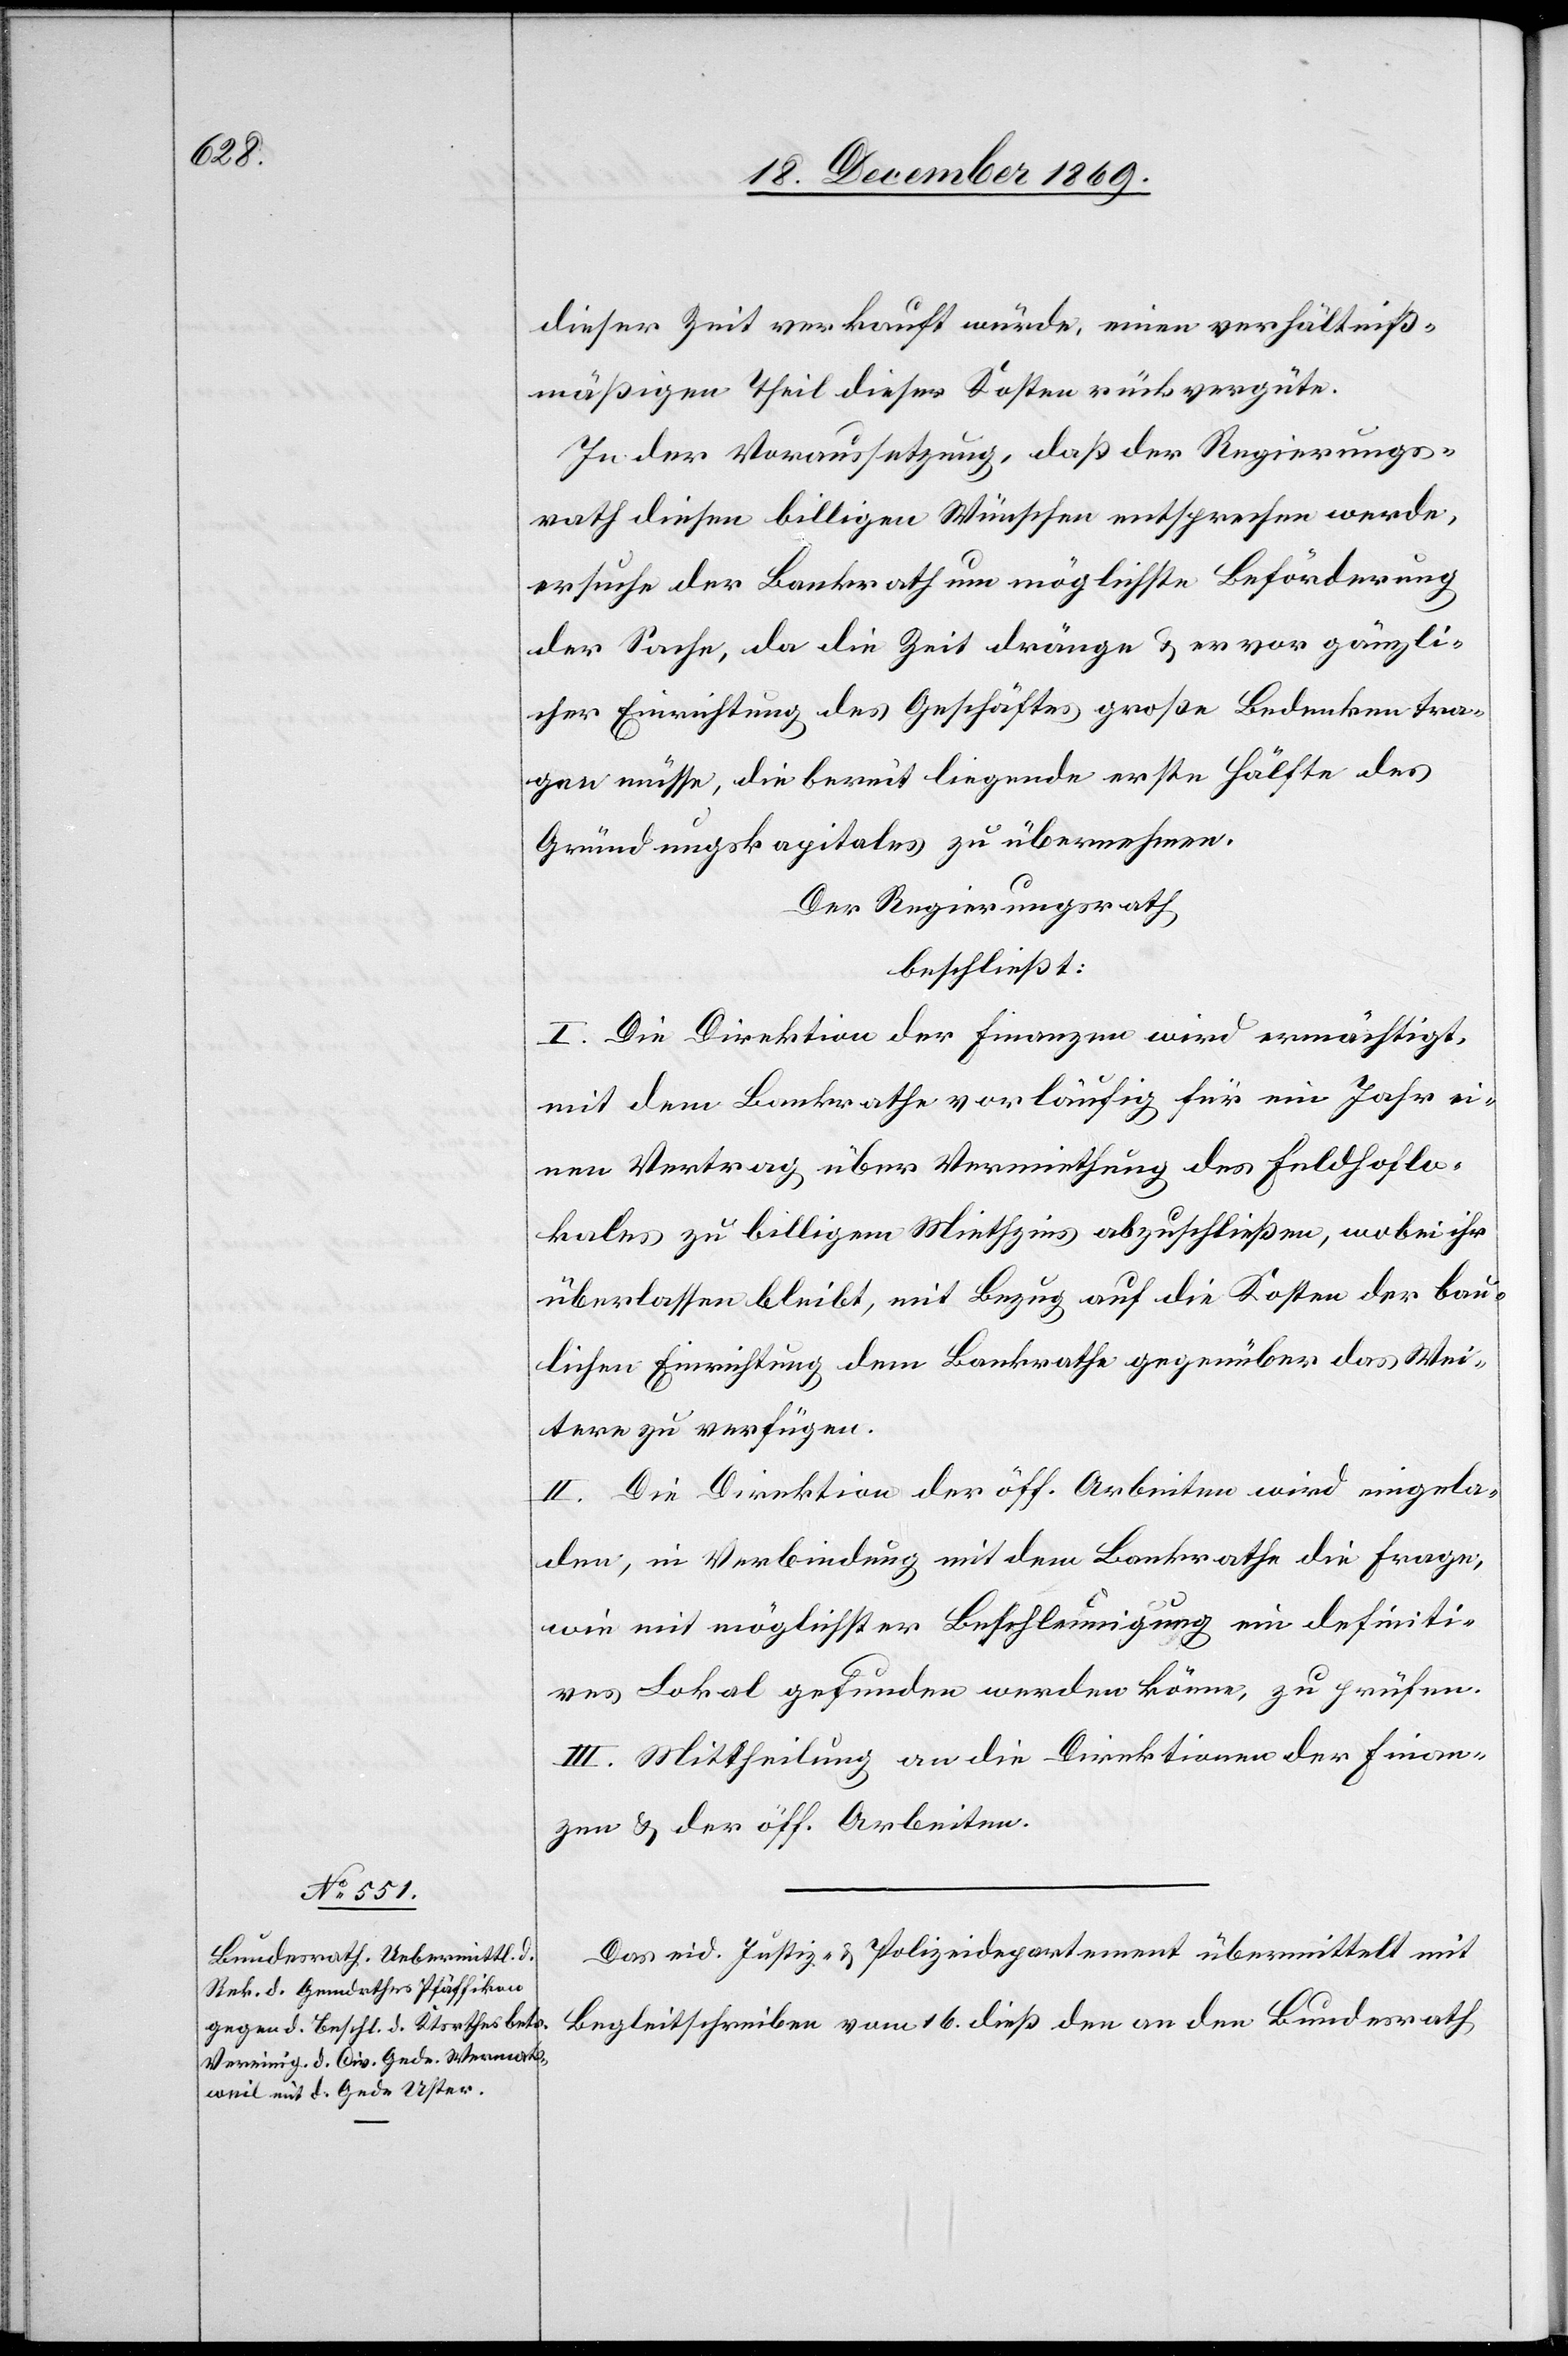
dieser Zeit verkauft würde, einen verhältniß¬
mäßigen Theil dieser Kosten rückvergüte.
In der Voraussetzung, daß der Regierungs¬
rath diesen billigen Wünschen entsprechen werde,
ersuche der Bankrath um möglichste Beförderung
der Sache, da die Zeit dränge & er vor gänzli¬
cher Einrichtung des Geschäftes große Bedenken tra¬
gen müsse, die bereit liegende erste Hälfte des
Gründungskapitales zu übernehmen.
Der Regierungsrath
beschließt:
I. Die Direktion der Finanzen wird ermächtigt,
mit dem Bankrathe vorläufig für ein Jahr ei¬
nen Vertrag über Vermiethung des Feldhoflo¬
kales zu billigem Miethzins abzuschließen, wobei ihr
überlassen bleibt, mit Bezug auf die Kosten der bau¬
lichen Einrichtung dem Bankrathe gegenüber das Wei¬
tere zu verfügen.
II. Die Direktion der öff. Arbeiten wird eingela¬
den, in Verbindung mit dem Bankrathe die Frage,
wie mit möglichster Beschleunigung ein definiti¬
ves Lokal gefunden werden könne, zu prüfen.
III. Mittheilung an die Direktionen der Finan¬
zen & der öff. Arbeiten.
Das eid. Justiz- & Polizeidepartement übermittelt mit
Begleitschreiben vom 16. dieß den an den Bundesrath